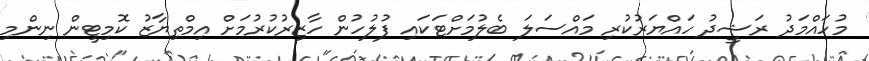
މުހައްމަދު ރަޝީދު ހައްޔަރުކުރި މައްސަލަ ބެލުމަށްޓަކައި ފުލުހުން ހާޒިރުކުރުމަށް އިމްތިޔާޒު ކޮމިޓީން ނިންމި